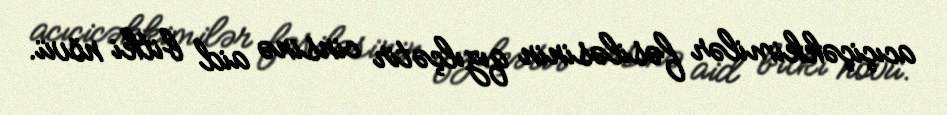
acıçiçəkkimilər fəsiləsinin qızılçətir cinsinə aid bitki növü.